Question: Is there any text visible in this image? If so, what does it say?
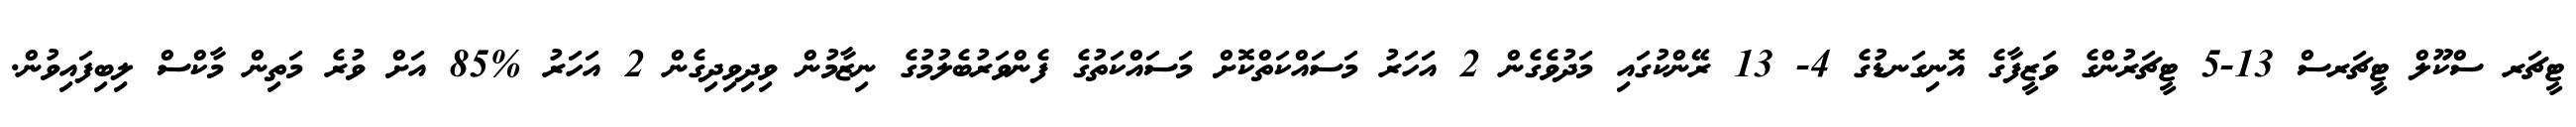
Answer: ޓީޗަރ ސްކޫލް ޓީޗަރސް 13-5 ޓީޗަރުންގެ ވަޒީފާގެ އޮނިގަނޑުގެ 4- 13 ރޭންކުގައި މަދުވެގެން 2 އަހަރު މަސައްކަތްކޮށް މަސައްކަތުގެ ފެންވަރުބެލުމުގެ ނިޒާމުން ވިދިވިދިގެން 2 އަހަރު %85 އަށް ވުރެ މަތިން މާކްސް ލިބިފައިވުން.